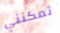
تمكنني